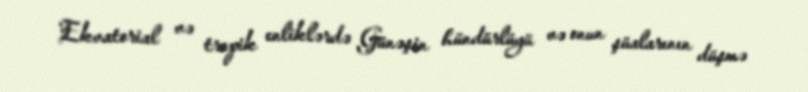
Ekvatorial və tropik enliklərdə Günəşin hündürlüyü və onun şüalarının düşmə